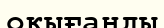
оқығанды